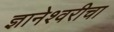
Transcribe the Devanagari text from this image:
ज्ञानेश्‍वरीचा